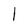
Character: 1